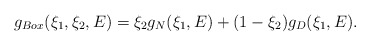
\begin{align*}g_{Box}(\xi_1, \xi_2, E) = \xi_2 g_N(\xi_1, E) + (1 - \xi_2)g_D(\xi_1, E).\end{align*}